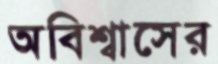
অবিশ্বাসের